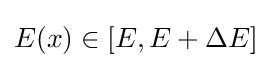
E(x)\in [E,E+\Delta E]